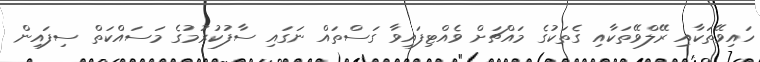
ހައިވޭތަކާއި ރޭލްވޭތަކާއި ގެތަކުގެ މައްޗަށް ވެއްޓިފައިވާ ގަސްތައް ނަގައި ސާފުކުރުމުގެ މަސައްކަތް ސިފައިން